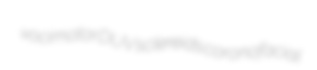
vocimotor DUV sclereids coronofacial